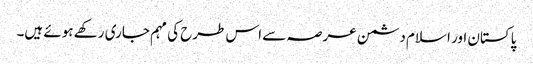
پاکستان اور اسلام دشمن عرصہ سے اس طرح کی مہم جاری رکھے ہوئے ہیں۔